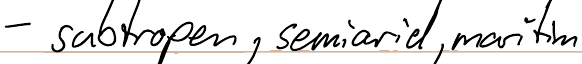
- subtropen, semiarid, maritim